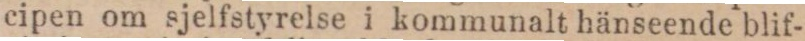
cipen om sjelfstyrelse i kommunalt hänseende blif-